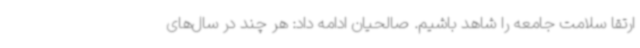
ارتقا سلامت جامعه را شاهد باشیم. صالحیان ادامه داد: هر چند در سال‌های